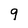
Character: 9